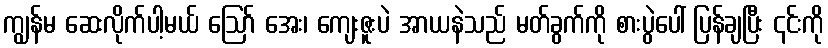
ကျွန်မ ဆေးလိုက်ပါ့မယ် ဪ အေး၊ ကျေးဇူးပဲ အာယနဲသည် မတ်ခွက်ကို စားပွဲပေါ် ပြန်ချပြီး ၎င်းကို